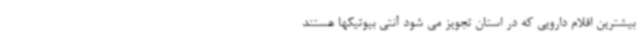
بیشترین اقلام دارویی که در استان تجویز می شود آنتی بیوتیکها هستند